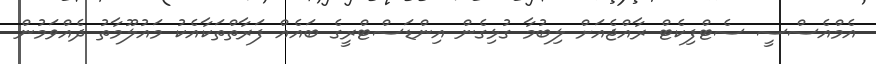
އެމްއެސްސީ ސެޓްފިކެޓް ރާއްޖެއަށް ލިބުމާ ގުޅިގެން އިންޑަސްޓްރީގެ ބައެއް ފަރާތްތަކާއެކު މައުލޫމާތު ދެއްވަމުން